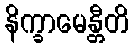
နိက္ခာမေန္တီတိ